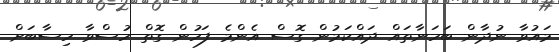
މައުވާ ނުދާން ބަހަނާތައް ދައްކަމުން ގޮސް އެންމެ ފަހުން ގޮތް ހުސްވާ ހިސާބަށް